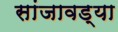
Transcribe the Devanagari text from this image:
सांजावड्या